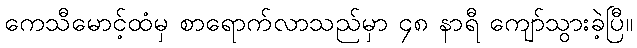
ကေသီမောင့်ထံမှ စာရောက်လာသည်မှာ ၄၈ နာရီ ကျော်သွားခဲ့ပြီ။